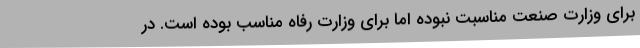
برای وزارت صنعت مناسبت نبوده اما برای وزارت رفاه مناسب بوده است. در